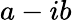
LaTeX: a-ib